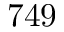
7 4 9